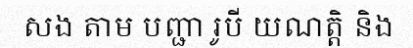
សង តាម បញ្ជា រូបី យណត្តិ និង